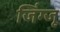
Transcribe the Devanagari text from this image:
जिंग्जू